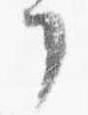
了